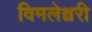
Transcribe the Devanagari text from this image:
विमलेश्वरी